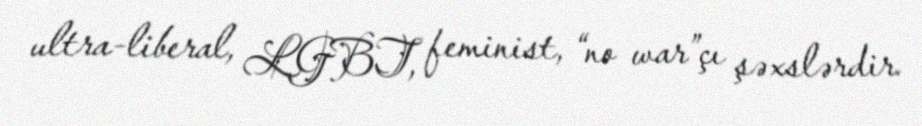
ultra-liberal, LGBT, feminist, “no war”çı şəxslərdir.